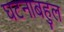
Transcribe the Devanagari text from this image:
घटनाबहुल